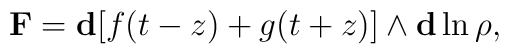
\mathbf{F} = \mathbf{d}[f(t-z)+g(t+z)] \wedge \mathbf{d}\ln{\rho},